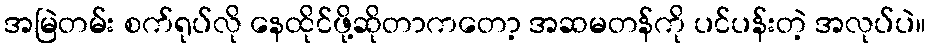
အမြဲတမ်း စက်ရုပ်လို နေထိုင်ဖို့ဆိုတာကတော့ အဆမတန်ကို ပင်ပန်းတဲ့ အလုပ်ပဲ။